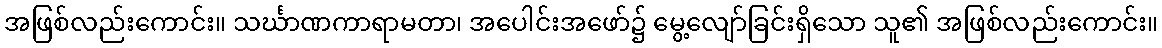
အဖြစ်လည်းကောင်း။ သင်္ဃာဏကာရာမတာ၊ အပေါင်းအဖော်၌ မွေ့လျော်ခြင်းရှိသော သူ၏ အဖြစ်လည်းကောင်း။